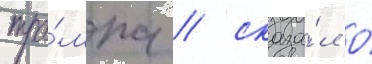
тра́мпа / сказа́л о́